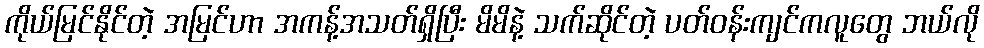
ကိုယ်မြင်နိုင်တဲ့ အမြင်ဟာ အကန့်အသတ်ရှိပြီး မိမိနဲ့ သက်ဆိုင်တဲ့ ပတ်ဝန်းကျင်ကလူတွေ ဘယ်လို